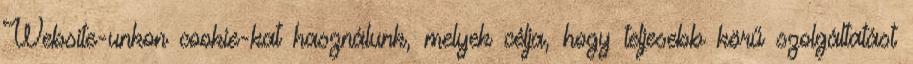
Website-unkon cookie-kat használunk, melyek célja, hogy teljesebb körű szolgáltatást